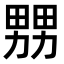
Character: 𤲶